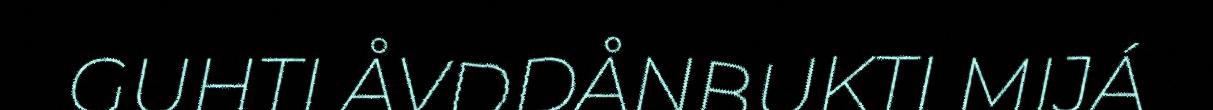
GUHTI ÅVDDÅNBUKTI MIJÁ